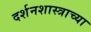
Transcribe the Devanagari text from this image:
दर्शनशास्त्राच्या